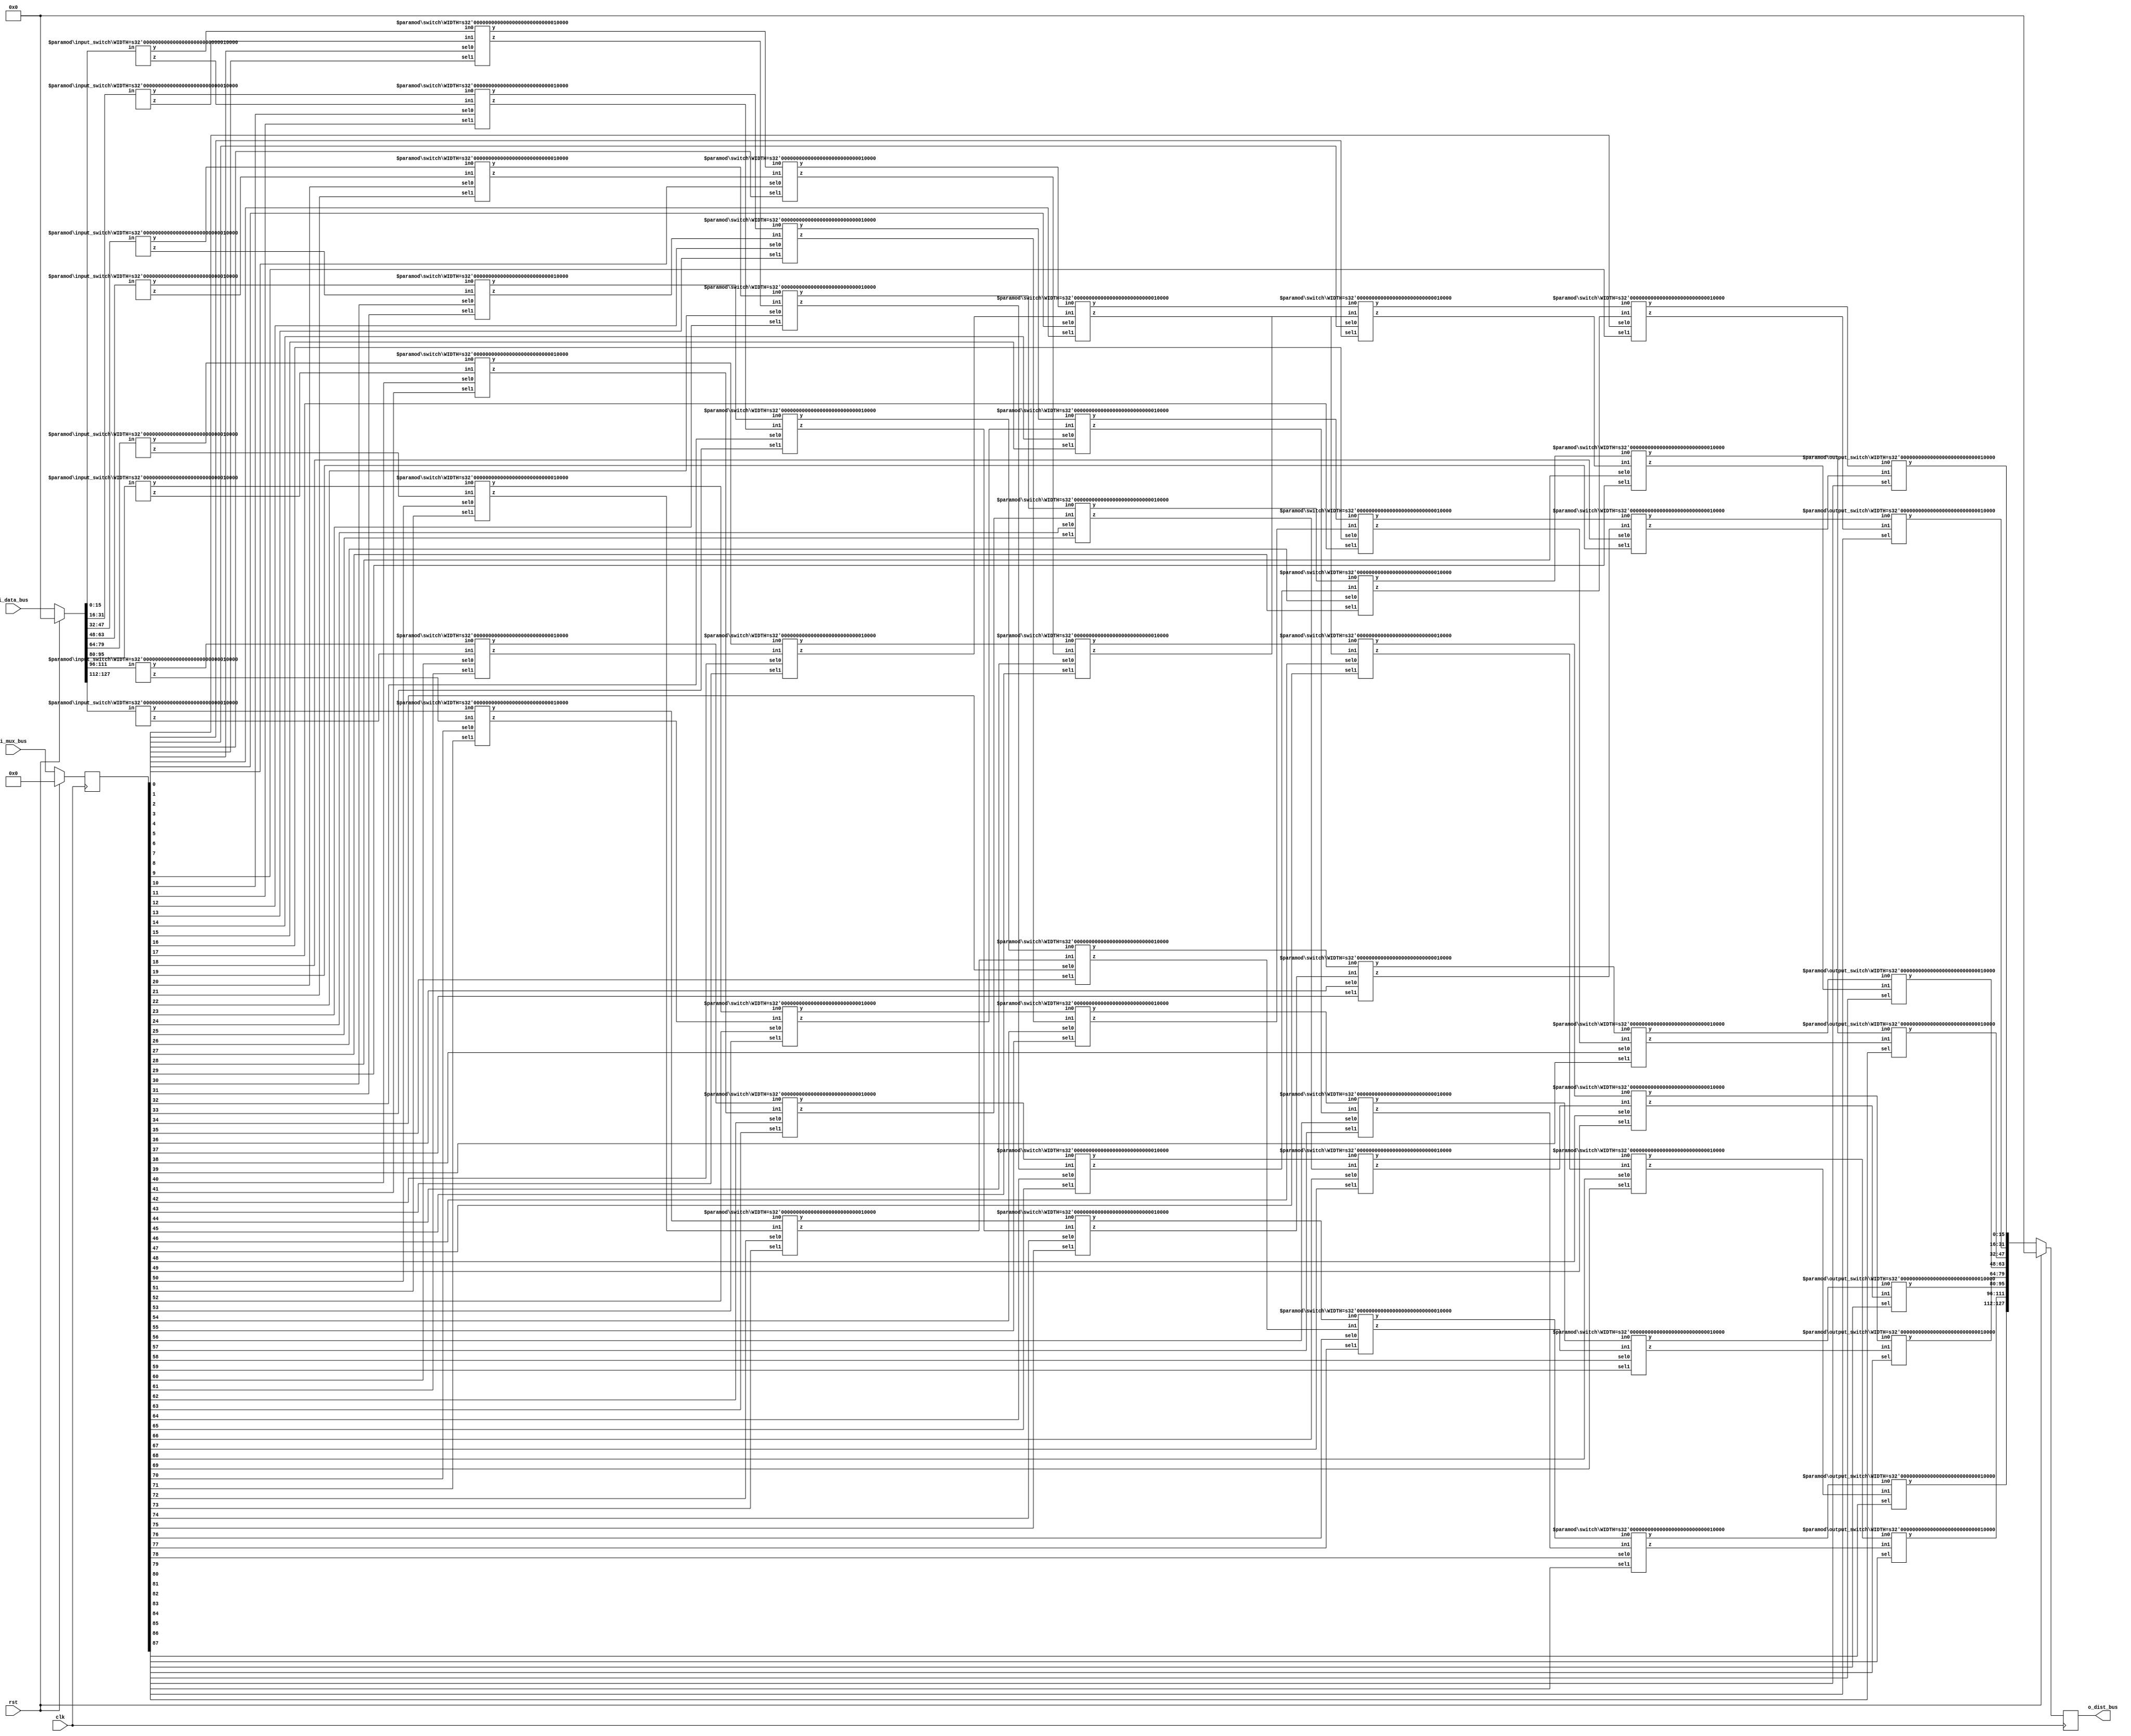
`timescale 1ns / 1ps
///////////////////////////////////////////////////////////////////////////////////////////////////

// Design: benes.v

// Description: Benes Network (Distribution Network)

// Reference: https://www.cs.cmu.edu/afs/cs.cmu.edu/project/phrensy/pub/papers/AroraLM94/node7.html

///////////////////////////////////////////////////////////////////////////////////////////////////
/*
Sample Indexing Diagram with 8 PES example

Table:
 O   --> switch (regular)
 $	 --> input switch
 #   --> output switch
 

----------------------------------------------------------------------------------------------- 
Data IO Diagram: 

r_data_bus_ff[Element 0] -->  $     O     O     O     O     O     # --> w_dist_bus[Element 0]
 
r_data_bus_ff[Element 1] -->  $     O     O     O     O     O     # --> w_dist_bus[Element 1]
 
r_data_bus_ff[Element 2] -->  $     O     O     O     O     O     # --> w_dist_bus[Element 2]
 
r_data_bus_ff[Element 3] -->  $     O     O     O     O     O     # --> w_dist_bus[Element 3]
 
r_data_bus_ff[Element 4] -->  $     O     O     O     O     O     # --> w_dist_bus[Element 4]
 
r_data_bus_ff[Element 5] -->  $     O     O     O     O     O     # --> w_dist_bus[Element 5]
 
r_data_bus_ff[Element 6] -->  $     O     O     O     O     O     # --> w_dist_bus[Element 6]

r_data_bus_ff[Element 7] -->  $     O     O     O     O     O     # --> w_dist_bus[Element 7]


----------------------------------------------------------------------------------------------- 
Horizontal Internal Wires Diagram: (between each switch) 

$ w_internal[0]  O w_internal[2]  O w_internal[4]  O w_internal[6]  O w_internal[8]  O w_internal[10] # 

$ w_internal[12] O w_internal[14] O w_internal[16] O w_internal[18] O w_internal[20] O w_internal[22] # 

$ w_internal[24] O w_internal[26] O w_internal[28] O w_internal[30] O w_internal[32] O w_internal[34] # 

$ w_internal[36] O w_internal[38] O w_internal[40] O w_internal[42] O w_internal[44] O w_internal[46] #  

$ w_internal[48] O w_internal[50] O w_internal[52] O w_internal[54] O w_internal[56] O w_internal[58] # 

$ w_internal[60] O w_internal[62] O w_internal[64] O w_internal[66] O w_internal[68] O w_internal[70] # 

$ w_internal[72] O w_internal[74] O w_internal[76] O w_internal[78] O w_internal[80] O w_internal[82] # 

$ w_internal[84] O w_internal[86] O w_internal[88] O w_internal[90] O w_internal[92] O w_internal[94] #  

----------------------------------------------------------------------------------------------- 
Diagonal Internal Wires Diagram: (between each switch)

$ w_internal[1]  O w_internal[3]  O w_internal[5]  O w_internal[7]  O w_internal[9]  O w_internal[11] # 

$ w_internal[13] O w_internal[15] O w_internal[17] O w_internal[19] O w_internal[21] O w_internal[23] # 

$ w_internal[25] O w_internal[27] O w_internal[29] O w_internal[31] O w_internal[33] O w_internal[35] # 

$ w_internal[37] O w_internal[39] O w_internal[41] O w_internal[43] O w_internal[45] O w_internal[47] #  

$ w_internal[49] O w_internal[51] O w_internal[53] O w_internal[55] O w_internal[57] O w_internal[59] # 

$ w_internal[61] O w_internal[63] O w_internal[65] O w_internal[67] O w_internal[69] O w_internal[71] # 

$ w_internal[73] O w_internal[75] O w_internal[77] O w_internal[79] O w_internal[81] O w_internal[83] # 

$ w_internal[85] O w_internal[87] O w_internal[89] O w_internal[91] O w_internal[93] O w_internal[95] #  

----------------------------------------------------------------------------------------------- 
Mux Select Signals Diagram (inputs to each switch)
	* input switch does not require any control signals --> value will go to both horizontal and diagonal
	* output switch only requires one control bit

NA  r_mux_bus_ff[0,1]      r_mux_bus_ff[2,3]      r_mux_bus_ff[4,5]      r_mux_bus_ff[6,7]      r_mux_bus_ff[8,9]     r_mux_bus_ff[80]

NA  r_mux_bus_ff[10,11]    r_mux_bus_ff[12,13]    r_mux_bus_ff[14,15]    r_mux_bus_ff[16,17]    r_mux_bus_ff[18,19]   r_mux_bus_ff[81]

NA  r_mux_bus_ff[20,21]    r_mux_bus_ff[22,23]    r_mux_bus_ff[24,25]    r_mux_bus_ff[26,27]    r_mux_bus_ff[28,29]   r_mux_bus_ff[82]

NA  r_mux_bus_ff[30,31]    r_mux_bus_ff[32,33]    r_mux_bus_ff[34,35]    r_mux_bus_ff[36,37]    r_mux_bus_ff[38,39]   r_mux_bus_ff[83]

NA  r_mux_bus_ff[40,41]    r_mux_bus_ff[42,43]    r_mux_bus_ff[44,45]    r_mux_bus_ff[46,47]    r_mux_bus_ff[48,49]   r_mux_bus_ff[84]

NA  r_mux_bus_ff[50,51]    r_mux_bus_ff[52,53]    r_mux_bus_ff[54,55]    r_mux_bus_ff[56,57]    r_mux_bus_ff[58,59]   r_mux_bus_ff[85]

NA  r_mux_bus_ff[60,61]    r_mux_bus_ff[62,63]    r_mux_bus_ff[64,65]    r_mux_bus_ff[66,67]    r_mux_bus_ff[68,69]   r_mux_bus_ff[86]

NA  r_mux_bus_ff[70,71]    r_mux_bus_ff[72,73]    r_mux_bus_ff[74,75]    r_mux_bus_ff[76,77]    r_mux_bus_ff[78,79]   r_mux_bus_ff[87]


----------------------------------------------------------------------------------------------- 

*/
///////////////////////////////////////////////////////////////////////////////////////////////////

module benes # (
	parameter DATA_TYPE = 16, // data type
	parameter NUM_PES = 8, // num of pes
	parameter LEVELS = 7) ( // 2*(log2PE) + 1
	clk,
	rst,
	i_data_bus, // input data bus
	i_mux_bus, // mux select control bus
	o_dist_bus // output bus to the multipliers
);

	input clk;
	input rst;
	input [NUM_PES * DATA_TYPE -1 : 0] i_data_bus; // input data bus
	input [2*(LEVELS-2)*NUM_PES + NUM_PES-1 : 0] i_mux_bus; // mux select bus

	output reg [NUM_PES * DATA_TYPE -1 : 0] o_dist_bus; // output distribution bus

	reg [NUM_PES * DATA_TYPE -1 : 0] r_data_bus_ff; // FF version of input data bus
	reg [2*(LEVELS-2)*NUM_PES + NUM_PES-1 : 0] r_mux_bus_ff; // FF version of mux select bus

	wire [NUM_PES * DATA_TYPE -1 : 0] w_dist_bus; // wire to be FF to o_dist_bus
	wire [DATA_TYPE-1 : 0] w_internal [2*NUM_PES*(LEVELS-1)-1:0]; // internal wire 

	always @ (*) begin // Fix: latched rather than FF (timing fix)
		if (rst == 1'b1) begin
			r_data_bus_ff <= 'd0;
		end else begin
			r_data_bus_ff <= i_data_bus;
		end
	end
	
	always @ (posedge clk) begin
		if (rst == 1'b1) begin
			r_mux_bus_ff <= 'd0;
			o_dist_bus <= 'd0;
		end else begin
			r_mux_bus_ff <= i_mux_bus;
			o_dist_bus <= w_dist_bus;		
		end
	end

	genvar i, j; 
	
	/////////////////////////////////////////////////////////////////////////
	// First Level - Input
	/////////////////////////////////////////////////////////////////////////
	generate
		for (i=0; i<NUM_PES; i=i+1) begin : in_switch
			input_switch #(.WIDTH(DATA_TYPE)) in_switch (
				.y(w_internal[2*i*(LEVELS-1)]), // horizontal output of switch to w_internal
				.z(w_internal[2*i*(LEVELS-1)+1]), // diagonal output of switch to w_internal
				.in(r_data_bus_ff[(i+1)*DATA_TYPE-1:i*DATA_TYPE])
			);
		end
	endgenerate

	/////////////////////////////////////////////////////////////////////////
	// Last Level - Output
	/////////////////////////////////////////////////////////////////////////
	generate
		for (i=0; i<NUM_PES; i=i+1) begin : out_switch
			if (i % 2 == 0) begin : from_nw // input diagonal link from south-west switch, should always be horizontal
				output_switch  #(.WIDTH(DATA_TYPE))  out_switch (
					.y(w_dist_bus[i*DATA_TYPE+DATA_TYPE-1 : i*DATA_TYPE]), // to output dist bus
					.in0(w_internal[2*i*(LEVELS-1)+(2*(LEVELS-2))]), // connect from the horizontal switch
					.in1(w_internal[2*(i+1)*(LEVELS-1)+(2*(LEVELS-2))+1]), // connect from the south-west diagonal switch
					.sel(r_mux_bus_ff[2*NUM_PES*(LEVELS-2)+i]) // mux select bit
				);
			end else begin : from_sw // input diagonal link from north-west switch
				output_switch  #(.WIDTH(DATA_TYPE))  out_switch (
					.y(w_dist_bus[i*DATA_TYPE+DATA_TYPE-1 : i*DATA_TYPE]), // to output dist bus
					.in0(w_internal[2*i*(LEVELS-1)+(2*(LEVELS-2))]), // connect from the horizontal switch
					.in1(w_internal[2*(i-1)*(LEVELS-1)+(2*(LEVELS-2))+1]), // connect from the north-west diagonal switch
					.sel(r_mux_bus_ff[2*NUM_PES*(LEVELS-2)+i]) // mux select bit
				);
			end
		end
	endgenerate 


	/////////////////////////////////////////////////////////////////////////
	// Intermediate Levels - Everything else in between
	/////////////////////////////////////////////////////////////////////////
	generate
		for (i=0; i<NUM_PES; i=i+1) begin :mid_switch_y
			for (j=1; j<=(LEVELS-2); j=j+1) begin: mid_switch_x
				// mid and left of mid switches
				if (j <= (LEVELS-1)/2 ) begin : mid_and_left 
					if (i % (2**j) < (2**(j-1))) begin : from_sw // input diagonal link from south-west switch
						switch  #(.WIDTH(DATA_TYPE))  imm_switch (
							.y(w_internal[2*i*(LEVELS-1)+2*j]), // horizontal output of switch to w_internal
							.z(w_internal[2*i*(LEVELS-1)+2*j+1]), // diagonal output of switch to w_internal
							.in0(w_internal[2*i*(LEVELS-1)+2*(j-1)]), // connect from the horizontal switch
							.in1(w_internal[2*(i+(2**(j-1)))*(LEVELS-1)+2*(j-1)+1]), // connect from a diagonal switch
							.sel0(r_mux_bus_ff[2*(LEVELS-2)*i+(2*(j-1))]), // mux select bit
							.sel1(r_mux_bus_ff[2*(LEVELS-2)*i+(2*(j-1)+1)]) // mux select bit
						);
					end else begin : from_nw // input diagonal link from north-west switch
						switch  #(.WIDTH(DATA_TYPE))  imm_switch (
							.y(w_internal[2*i*(LEVELS-1)+2*j]),  // horizontal output of switch to w_internal
							.z(w_internal[2*i*(LEVELS-1)+2*j+1]), // diagonal output of switch to w_internal
							.in0(w_internal[2*i*(LEVELS-1)+2*(j-1)]), // connect from the horizontal switch
							.in1(w_internal[2*(i-(2**(j-1)))*(LEVELS-1)+2*(j-1)+1]), // connect from a diagonal switch
							.sel0(r_mux_bus_ff[2*(LEVELS-2)*i+(2*(j-1))]), // mux select bit
							.sel1(r_mux_bus_ff[2*(LEVELS-2)*i+(2*(j-1)+1)]) // mux select bit
						);
					end
				// right of mid switches
				end else begin : right_of_mid
					if (i % (2**(LEVELS-j)) < (2**(LEVELS-j-1))) begin : from_sw // input diagonal link from south-west switch 
						switch  #(.WIDTH(DATA_TYPE))  imm_switch (
							.y(w_internal[2*i*(LEVELS-1)+2*j]), // horizontal output of switch to w_internal
							.z(w_internal[2*i*(LEVELS-1)+2*j+1]), // diagonal output of switch to w_internal
							.in0(w_internal[2*i*(LEVELS-1)+2*(j-1)]), // connect from the horizontal switch
							.in1(w_internal[2*(i+(2**(LEVELS-j-1)))*(LEVELS-1)+2*(j-1)+1]), // connect from a diagonal switch 
							.sel0(r_mux_bus_ff[2*(LEVELS-2)*i+(2*(j-1))]), // mux select bit
							.sel1(r_mux_bus_ff[2*(LEVELS-2)*i+(2*(j-1)+1)]) // mux select bit
						);
					end else begin : from_nw// input diagonal link from north-west switch
						switch  #(.WIDTH(DATA_TYPE))  imm_switch (
							.y(w_internal[2*i*(LEVELS-1)+2*j]), // horizontal output of switch to w_internal
							.z(w_internal[2*i*(LEVELS-1)+2*j+1]), // diagonal output of switch to w_internal
							.in0(w_internal[2*i*(LEVELS-1)+2*(j-1)]), // connect from the horizontal switch
							.in1(w_internal[2*(i-(2**(LEVELS-j-1)))*(LEVELS-1)+2*(j-1)+1]), // connect from a diagonal switch 
							.sel0(r_mux_bus_ff[2*(LEVELS-2)*i+(2*(j-1))]), // mux select bit
							.sel1(r_mux_bus_ff[2*(LEVELS-2)*i+(2*(j-1)+1)]) // mux select bit
						);
					end
				end
			end
		end
	endgenerate 

endmodule


//////////////////////////////////////////////////////////////////////////////////////

module input_switch #(parameter WIDTH = 16) (y, z, in);

	output [WIDTH-1:0] y, z;
	input [WIDTH-1:0] in;
	
	assign y = in;
	assign z = in;

endmodule

//////////////////////////////////////////////////////////////////////////////////////

module output_switch #(parameter WIDTH = 16) (y, in0, in1, sel);

	output [WIDTH-1:0] y;
	input [WIDTH-1:0] in0, in1;
	input sel;

	// If select is 0, output from horizontal
	// If select is 1, output from diagonal
	
	benes_mux #(.W(WIDTH)) mux0 ( .o(y), .a(in0), .b(in1), .sel(sel) );

endmodule


//////////////////////////////////////////////////////////////////////////////////////

module switch #(parameter WIDTH = 16) (y, z, in0, in1, sel0, sel1);

	output [WIDTH-1:0] y, z;
	input [WIDTH-1:0] in0, in1;
	input sel0, sel1;

	// If select is 0, then pass input from horizontal
	// If select is 1, then pass input from diagonal
	// y output goes to horizontal
	// z output goes to diagonal
	
	benes_mux #(.W(WIDTH)) mux0 ( .o(y), .a(in0), .b(in1), .sel(sel0) ); // y output is horizontal
	benes_mux #(.W(WIDTH)) mux1 ( .o(z), .a(in0), .b(in1), .sel(sel1) ); // z output is diagonal

endmodule

//////////////////////////////////////////////////////////////////////////////////////

module benes_mux #(parameter W = 16) (o, a, b, sel);
	
	output reg [W-1:0] o;
	input [W-1:0] a, b;
	input sel;

	always @ (sel or a or b) begin
		o = sel ? b : a;
	end

endmodule 

//////////////////////////////////////////////////////////////////////////////////////